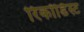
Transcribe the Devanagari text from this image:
रिकॉर्डिस्ट